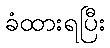
ခံထားရပြီး